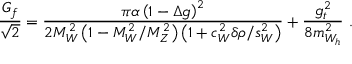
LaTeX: \frac { G _ { f } } { \sqrt { 2 } } = \frac { \pi \alpha \left( 1 - \Delta g \right) ^ { 2 } } { 2 M _ { W } ^ { 2 } \left( 1 - M _ { W } ^ { 2 } / M _ { Z } ^ { 2 } \right) \left( 1 + c _ { W } ^ { 2 } \delta \rho / s _ { W } ^ { 2 } \right) } + \frac { g _ { t } ^ { 2 } } { 8 m _ { W _ { h } } ^ { 2 } } \, \, .